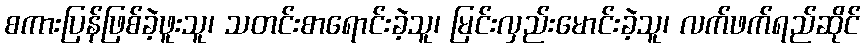
စကားပြန်ဖြစ်ခဲ့ဖူးသူ၊ သတင်းစာရောင်းခဲ့သူ၊ မြင်းလှည်းမောင်းခဲ့သူ၊ လက်ဖက်ရည်ဆိုင်